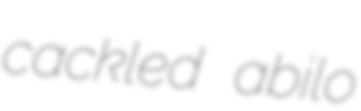
cackled abilo